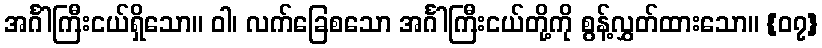
အင်္ဂါကြီးငယ်ရှိသော။ ဝါ၊ လက်ခြေစသော အင်္ဂါကြီးငယ်တို့ကို စွန့်လွှတ်ထားသော။ {၀၇}